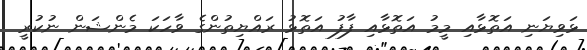
ޅަވިޔަނި އަތޮޅާއި މީމު އަތޮޅާއި ފާފު އަތޮޅު ރައްޔިތުންގެ ވާހަކަ މެންޝަން ނުކުރީ